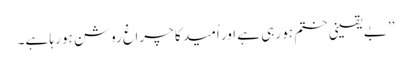
’’بے یقینی ختم ہو رہی ہے اور اُمید کا چراغ روشن ہو رہا ہے۔